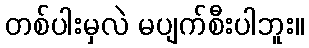
တစ်ပါးမှလဲ မပျက်စီးပါဘူး။